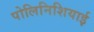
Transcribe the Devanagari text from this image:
पोलिनिशियाई